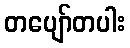
တပျော်တပါး